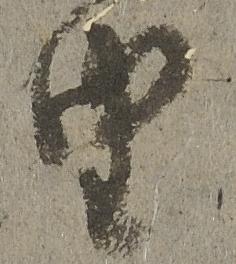
由